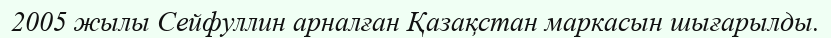
2005 жылы Сейфуллин арналған Қазақстан маркасын шығарылды.